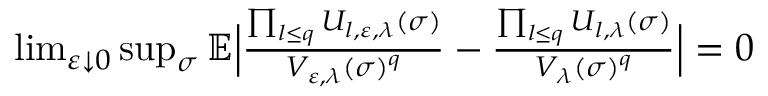
\begin{array} { r } { \operatorname* { l i m } _ { \varepsilon \downarrow 0 } \operatorname* { s u p } _ { \sigma } \mathbb E \Bigl | \frac { \prod _ { l \le q } U _ { l , \varepsilon , \lambda } ( \sigma ) } { V _ { \varepsilon , \lambda } ( \sigma ) ^ { q } } - \frac { \prod _ { l \le q } U _ { l , \lambda } ( \sigma ) } { V _ { \lambda } ( \sigma ) ^ { q } } \Bigr | = 0 } \end{array}